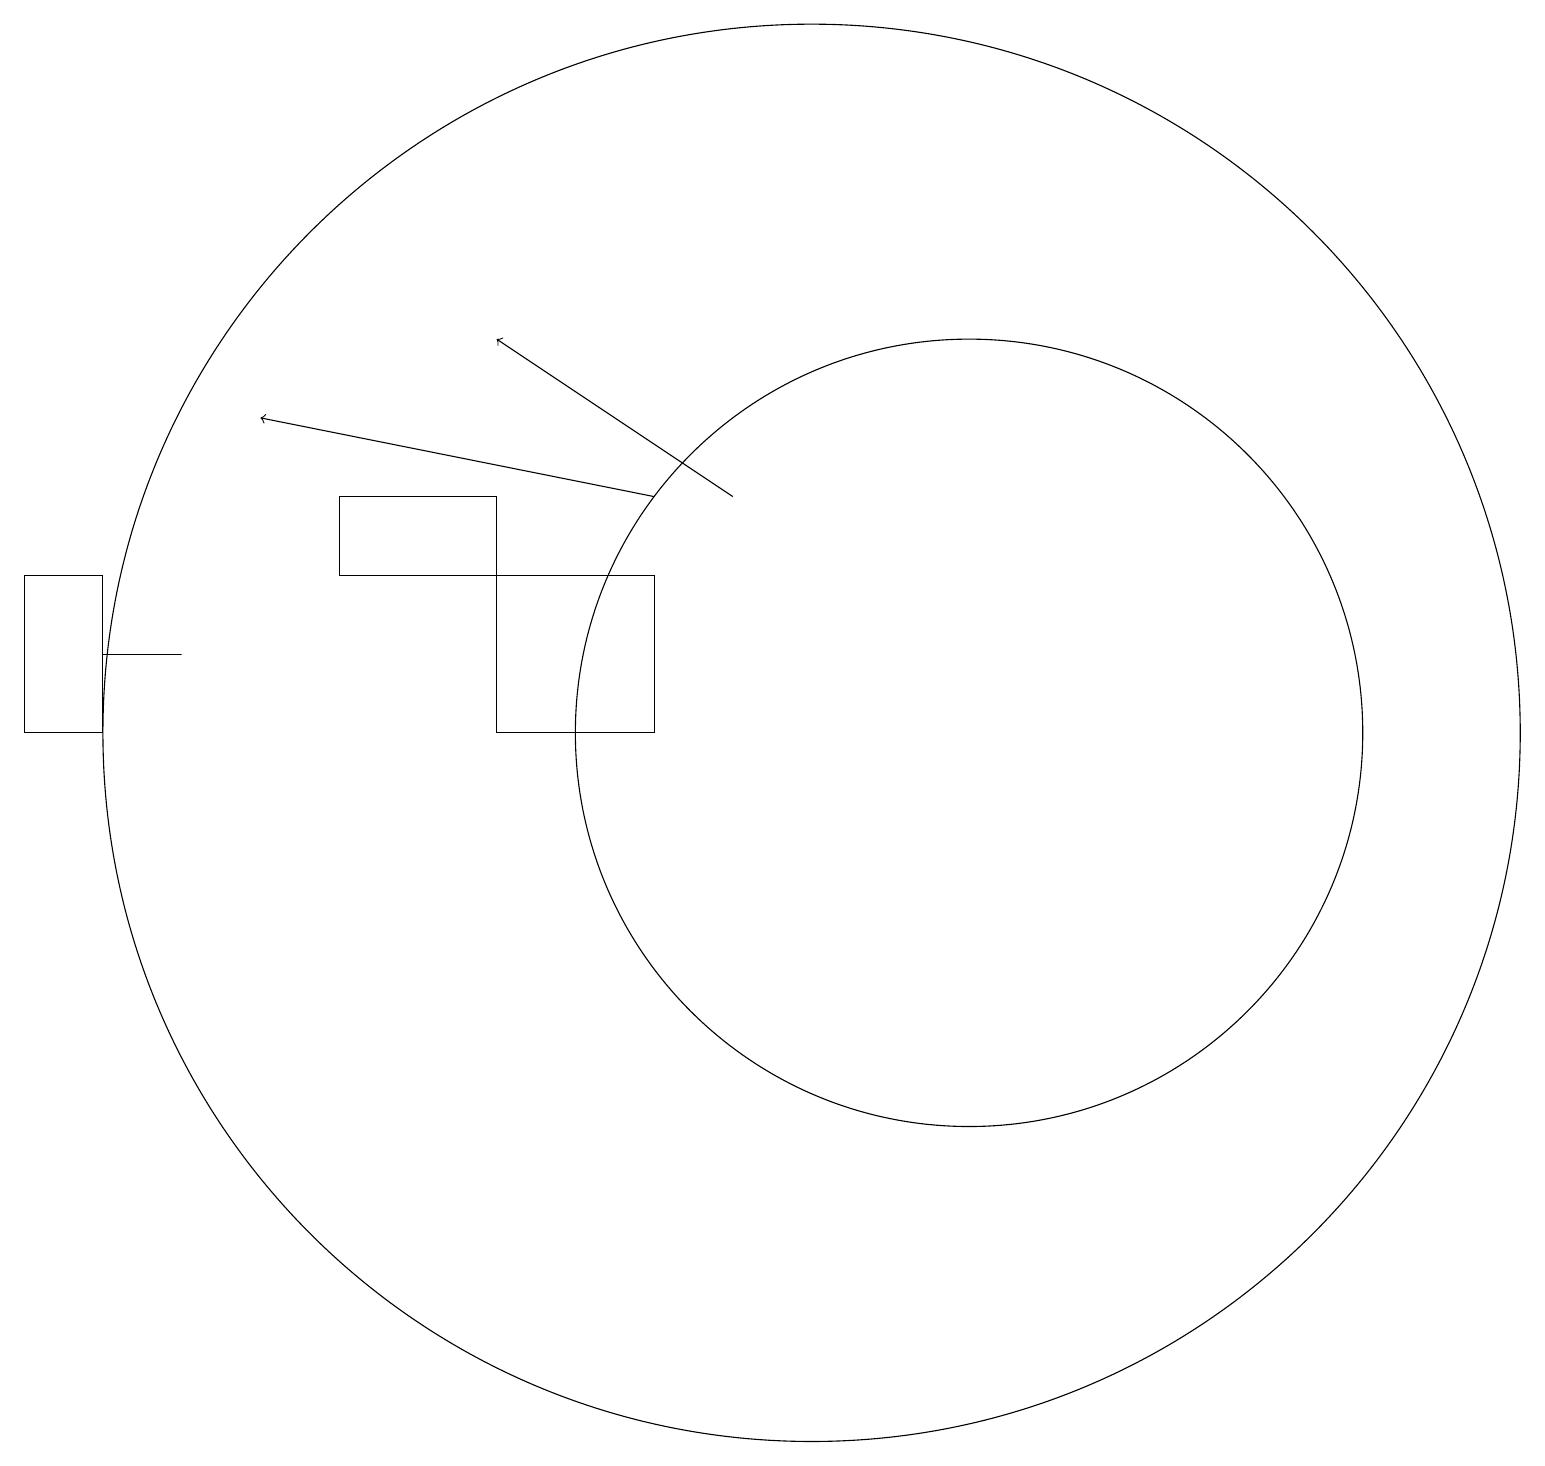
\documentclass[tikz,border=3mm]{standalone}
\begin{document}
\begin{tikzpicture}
\draw[->] (8,14) -- (3,15);
\draw (4,13) rectangle (6,14);
\draw (12,11) circle (5);
\draw[->] (9,14) -- (6,16);
\draw (1,12) rectangle (2,12);
\draw (8,13) rectangle (6,11);
\draw (0,13) rectangle (1,11);
\draw (10,11) circle (9);
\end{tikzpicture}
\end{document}